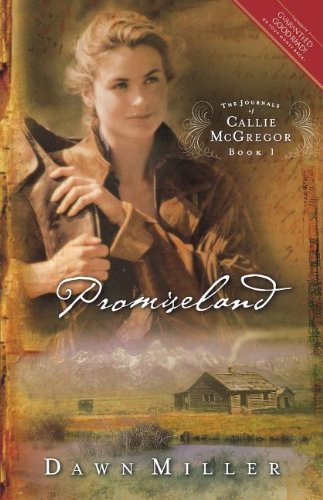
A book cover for Promiseland: The Journal of Callie McGregor series, Book 1 (Journals of Callie McGregor); Dawn Miller; Religion & Spirituality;